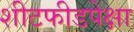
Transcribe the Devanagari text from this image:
शीटफीडपेक्षा